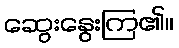
ဆွေးနွေးကြ၏။